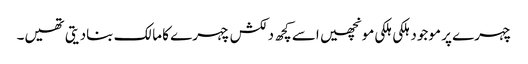
چہرے پر موجود ہلکی ہلکی مونچھیں اسے کچھ دلکش چہرے کا مالک بنادیتی تھیں۔